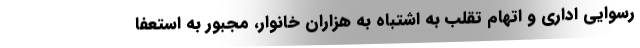
رسوایی اداری و اتهام تقلب به اشتباه به هزاران خانوار، مجبور به استعفا